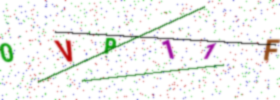
Text: 0VP11F